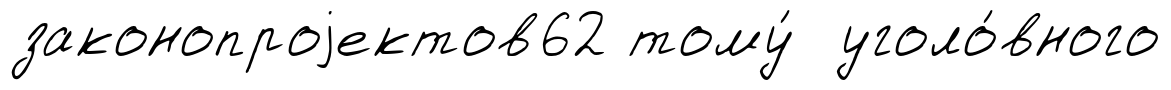
законопроjектов62 тому́ уголо́вного